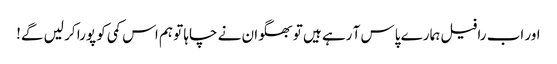
اور اب رافیل ہمارے پاس آ رہے ہیں تو بھگوان نے چاہا تو ہم اس کمی کو پورا کر لیں گے!